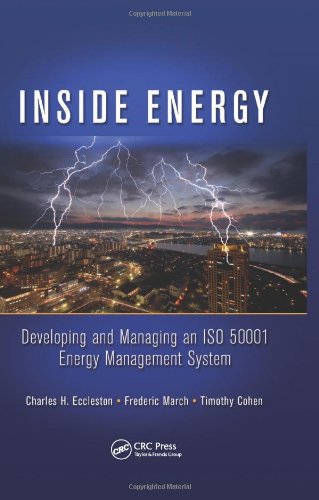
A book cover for Inside Energy: Developing and Managing an ISO 50001 Energy Management System; Charles H. Eccleston; Law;